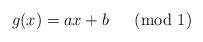
LaTeX: \begin{align*}g(x) = ax + b \;\; \pmod{1}\end{align*}